Medical and sanitary report of the native army of Madras for the year
Year: 1878
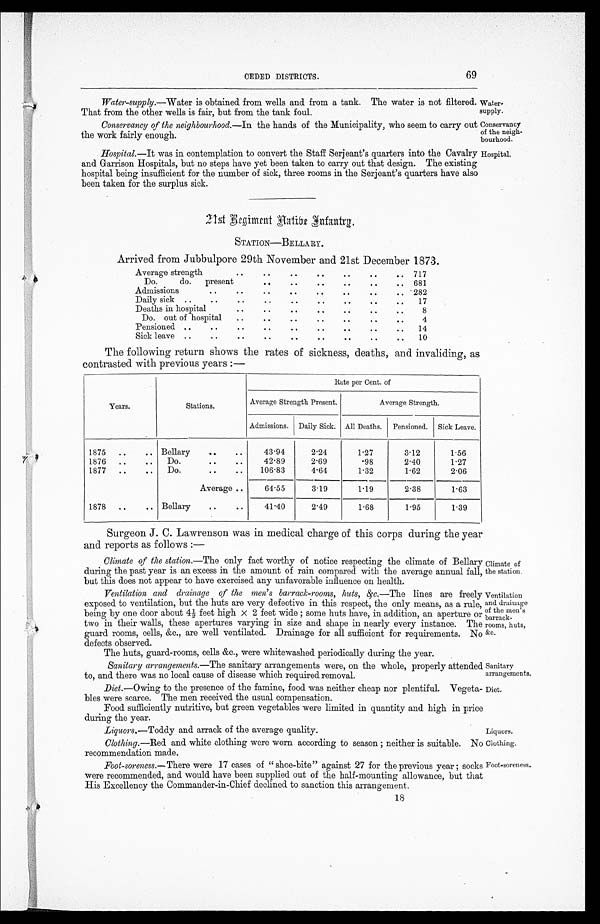
CEDED DISTRICTS.
69
Water-supply .—Water is obtained from wells and from a tank. The water is not filtered
That from the other wells is fair, but from the tank foul.
Conservancy of the neighbourhood.—In the hands of the Municipality, who seem to carry out
the work fairly enough.
Hospital.—It was in contemplation to convert the Staff Serj eant's quarters into the Cavalry
and Garrison Hospitals, but no steps have yet been taken to carry out that design. The existiing
hospital being insufficient for the number of sick, three rooms in the Serjeant's quarters have also
been taken for the surplus sick.
1 s t R e g i m e n t N a t i v e I n f a n t r y .
STATION—BELLARY.
Water-
supply.
Conservancy
of the neigh-
bourhood.
Hospital.
Arrived from Jubbulpore 29th November and 21st December 1873.
Average strength
..
..
..
..
..
..
.. 717
Do.
do.
present
..
..
..
..
..
.. 681
Admissions
..
..
..
..
..
..
..
.. 282
Daily sick ..
..
..
..
..
..
..
..
..
17
Deaths in hospital
..
..
.. ..
..
.. ..
8
Do. out of hospital
..
..
..
..
..
..
..
4
Pensioned ..
.. ..
..
..
..
..
..
..
14
Sick leave ..
..
..
..
..
..
..
..
..
10
The following return shows the rates of sickness, deaths, and invaliding, as
contrasted with previous years :—
Years.
Stations.
Rate per Cent. of
Average Strength Present.
Average Strength.
Admissions. Daily Sick. All Deaths. Pensioned. Sick Leave.
1875 ..
..
Bellary
..
..
43.94
2.24
1.27
3.12
1.56
1876 ..
..
..
Do.
..
..
42.89
2.69
.98
2.40
1.27
1877 ..
..
Do.
..
..
106.83
4.64
1.32
1.62
2.06
Average ..
64.55
3.19
1.19
2.38
1.63
1878 ..
.. Bellary
..
..
41.40
2.49
1.68
1.95
1.39
Surgeon J. C. Lawrenson was in medical charge of this corps during the year
and reports as follows
:—
Climate of the station .—The only fact worthy of notice respecting the climate of Bellary
during the past year is an excess in the amount of rain compared with the average annual fall,
but this does not appear to have exercised any unfavorable influence on health.
Ventilation and drainage of the men's barrack-rooms, huts, &c .—The lines are freely
exposed to ventilation, but the huts are very defective in this respect, the only means, as a rule,
being by one door about 4 feet high x 2 feet wide ; some huts have, in addition, an aperture or
two in their walls, these apertures varying in size and shape in nearly every instance. The
guard rooms, cells, &c., are well ventilated. Drainage for all sufficient for requirements. No
defects observed.
The huts, guard-rooms, cells &c., were whitewashed periodically during the year.
Sanitary arrangements .—The sanitary arrangements were, on the whole, properly attended
to, and there was no local cause of disease which required removal.
Diet.—Owing to the presence of the famine, food was neither cheap nor plentiful. Vegeta-
bles were scarce. The men received the usual compensation.
Food sufficiently nutritive, but green vegetables were limited in quantity and high in price
during the year.
Liquors .—Toddy and arrack of the average quality.
Clothing.—Red and white clothing were worn according to season ; neither is suitable. No
recommendation made.
Foot-soreness .—There were 17 cases of " shoe-bite" against 27 for the previous year ; socks
were recommended, and would have been supplied out of the half-mounting allowance, but that
His Excellency the Commander-in-Chief declined to sanction this arrangement.
18
Climate of
the station.
Ventilation
and drainage
of the men's
barrack-
rooms, huts,
&c.
Sanitary
arrangements,
Diet.
Liquors.
Clothing.
Foot-soreness.